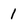
Character: 1